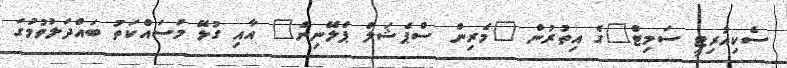
ސެކިއުރިޓީ ސަމިޓް"ގެ އިތުރުން "މެރިން ސްޕެޝަލް ޕްލޭނިން" އާއި ގުޅޭ މަސައްކަތު ބައްދަލުވުމުގަ